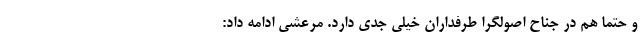
و حتماً هم در جناح اصولگرا طرفداران خیلی جدی دارد. مرعشی ادامه داد: